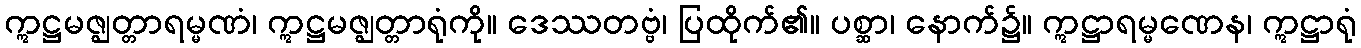
ဣဋ္ဌမဇ္ဈတ္တာရမ္မဏံ၊ ဣဋ္ဌမဇ္ဈတ္တာရုံကို။ ဒေဿတဗ္ဗံ၊ ပြထိုက်၏။ ပစ္ဆာ၊ နောက်၌။ ဣဋ္ဌာရမ္မဏေန၊ ဣဋ္ဌာရုံ